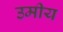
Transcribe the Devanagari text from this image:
उमीय